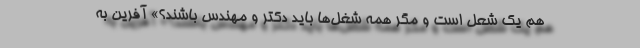
هم یک شعل است و مگر همه شغل‌ها باید دکتر و مهندس باشند؟» آفرین به